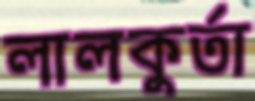
লালকুর্তা